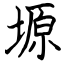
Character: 塬